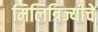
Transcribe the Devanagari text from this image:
मिलित्रिज्यीचे